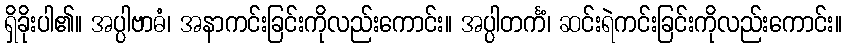
ရှိခိုးပါ၏။ အပ္ပါဗာဓံ၊ အနာကင်းခြင်းကိုလည်းကောင်း။ အပ္ပါတင်္ကံ၊ ဆင်းရဲကင်းခြင်းကိုလည်းကောင်း။